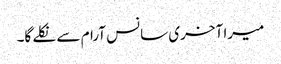
میرا آخری سانس آرام سے نکلے گا۔